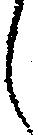
し